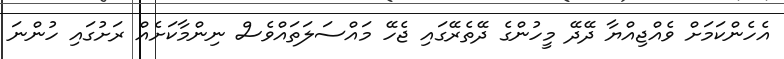
އެހެންކަމަށް ވެއްޖިއްޔާ ދޭދޭ މީހުންގެ ދޭތެރޭގައި ޖެހޭ މައްސަލަތައްވެސް ނިންމާކަށެއް ރަށުގައި ހުންނަ